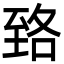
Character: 臵